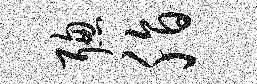
聪脂